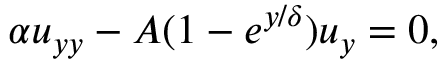
\alpha u _ { y y } - A ( 1 - e ^ { { y } / { \delta } } ) u _ { y } = 0 ,